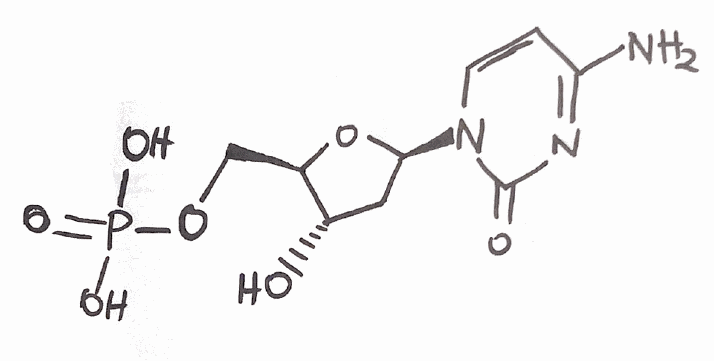
Simplified molecular-input line-entry system (SMILES) notation of the given molecule:
C1[C@@H]([C@H](O[C@H]1N2C=CC(=NC2=O)N)COP(=O)(O)O)O